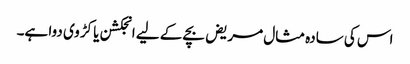
اس کی سادہ مثال مریض بچے کے لیے انجکشن یا کڑوی دوا ہے۔